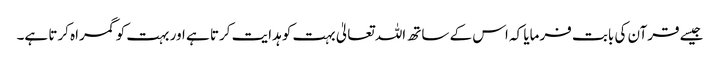
جیسے قرآن کی بابت فرمایا کہ اس کے ساتھ اللہ تعالیٰ بہت کو ہدایت کرتا ہے اور بہت کو گمراہ کرتا ہے۔